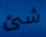
شئ